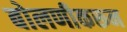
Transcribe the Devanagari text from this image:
बोलणीकरून